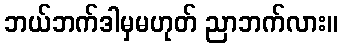
ဘယ်ဘက်ဒါမှမဟုတ် ညာဘက်လား။